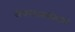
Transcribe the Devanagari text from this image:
अथवाअलंकरण